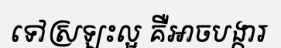
ទៅស្រឡះល្អ គឺអាចបង្ការ